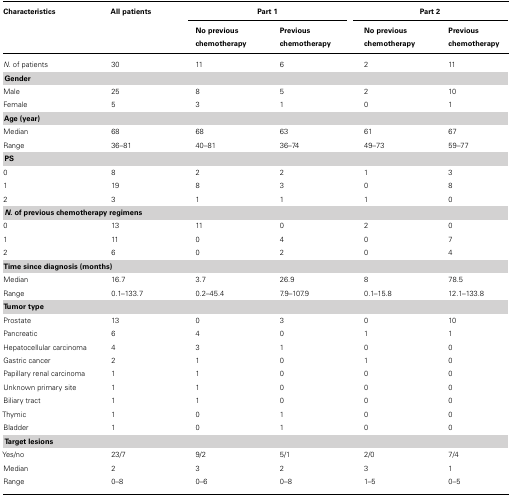
<table><thead><tr><td><b>Characteristics</b></td><td><b>All patients</b></td><td colspan="2"><b>Part 1</b></td><td colspan="2"><b>Part 2</b></td></tr><tr><td></td><td></td><td><b>No previous chemotherapy</b></td><td><b>Previous chemotherapy</b></td><td><b>No previous chemotherapy</b></td><td><b>Previous chemotherapy</b></td><td></td></tr></thead><tbody><tr><td><i>N</i>. of patients</td><td>30</td><td>11</td><td>6</td><td>2</td><td>11</td></tr><tr><td><b>Gender</b></td></tr><tr><td>Male</td><td>25</td><td>8</td><td>5</td><td>2</td><td>10</td></tr><tr><td>Female</td><td>5</td><td>3</td><td>1</td><td>0</td><td>1</td></tr><tr><td><b>Age (year)</b></td></tr><tr><td>Median</td><td>68</td><td>68</td><td>63</td><td>61</td><td>67</td></tr><tr><td>Range</td><td>36–81</td><td>40–81</td><td>36–74</td><td>49–73</td><td>59–77</td></tr><tr><td><b>PS</b></td></tr><tr><td>0</td><td>8</td><td>2</td><td>2</td><td>1</td><td>3</td></tr><tr><td>1</td><td>19</td><td>8</td><td>3</td><td>0</td><td>8</td></tr><tr><td>2</td><td>3</td><td>1</td><td>1</td><td>1</td><td>0</td></tr><tr><td><b><i>N</i>. of previous chemotherapy regimens</b></td></tr><tr><td>0</td><td>13</td><td>11</td><td>0</td><td>2</td><td>0</td></tr><tr><td>1</td><td>11</td><td>0</td><td>4</td><td>0</td><td>7</td></tr><tr><td>2</td><td>6</td><td>0</td><td>2</td><td>0</td><td>4</td></tr><tr><td><b>Time since diagnosis (months)</b></td></tr><tr><td>Median</td><td>16.7</td><td>3.7</td><td>26.9</td><td>8</td><td>78.5</td></tr><tr><td>Range</td><td>0.1–133.7</td><td>0.2–45.4</td><td>7.9–107.9</td><td>0.1–15.8</td><td>12.1–133.8</td></tr><tr><td><b>Tumor type</b></td></tr><tr><td>Prostate</td><td>13</td><td>0</td><td>3</td><td>0</td><td>10</td></tr><tr><td>Pancreatic</td><td>6</td><td>4</td><td>0</td><td>1</td><td>1</td></tr><tr><td>Hepatocellular carcinoma</td><td>4</td><td>3</td><td>1</td><td>0</td><td>0</td></tr><tr><td>Gastric cancer</td><td>2</td><td>1</td><td>0</td><td>1</td><td>0</td></tr><tr><td>Papillary renal carcinoma</td><td>1</td><td>1</td><td>0</td><td>0</td><td>0</td></tr><tr><td>Unknown primary site</td><td>1</td><td>1</td><td>0</td><td>0</td><td>0</td></tr><tr><td>Biliary tract</td><td>1</td><td>1</td><td>0</td><td>0</td><td>0</td></tr><tr><td>Thymic</td><td>1</td><td>0</td><td>1</td><td>0</td><td>0</td></tr><tr><td>Bladder</td><td>1</td><td>0</td><td>1</td><td>0</td><td>0</td></tr><tr><td><b>Target lesions</b></td></tr><tr><td>Yes/no</td><td>23/7</td><td>9/2</td><td>5/1</td><td>2/0</td><td>7/4</td></tr><tr><td>Median</td><td>2</td><td>3</td><td>2</td><td>3</td><td>1</td></tr><tr><td>Range</td><td>0–8</td><td>0–6</td><td>0–8</td><td>1–5</td><td>0–5</td></tr></tbody></table>